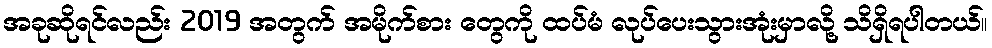
အခုဆိုရင်လည်း 2019 အတွက် အမိုက်စား တွေကို ထပ်မံ လုပ်ပေးသွားအုံးမှာလို့ သိရှိရပါတယ်။